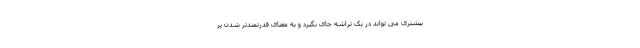
بیشتری می تواند در یک تراشه جای بگیرد و به معنای قدرتمندتر شدن پر